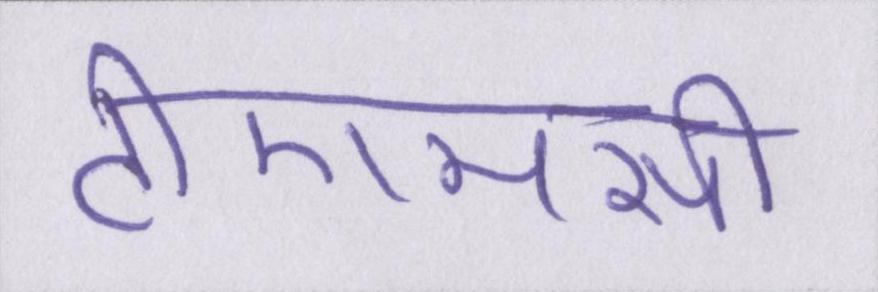
टीएमसी